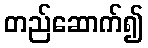
တည်ဆောက်၍